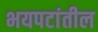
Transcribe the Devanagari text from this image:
भयपटांतील